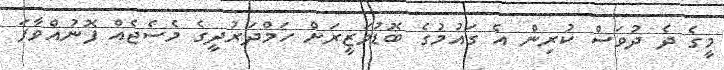
މީގެ ދެ ދުވަސް ކުރިން އެ ގައުމުގެ ބޮޑުވަޒީރަށް ހަމްދަރުދީގެ މެސެޖެއް ފޮނުއްވާފަ